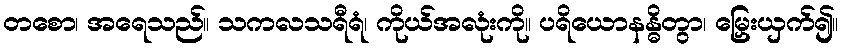
တစော၊ အရေသည်။ သကလသရီရံ၊ ကိုယ်အလုံးကို။ ပရိယောနန္ဓိတွာ၊ မြှေးယှက်၍။